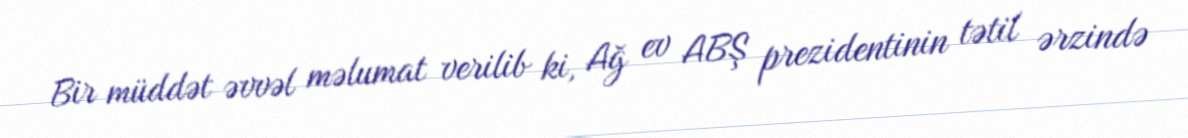
Bir müddət əvvəl məlumat verilib ki, Ağ ev ABŞ prezidentinin tətil ərzində